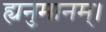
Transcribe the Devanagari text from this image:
ह्यनुमानम्।